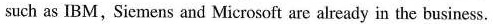
such as IBM,Siemens and Microsoft are already in the business.